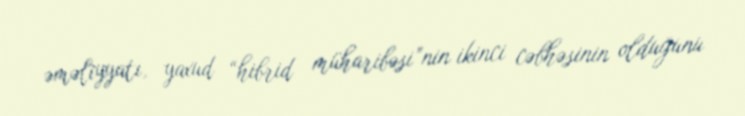
əməliyyatı, yaxud “hibrid müharibəsi”nin ikinci cəbhəsinin olduğunu